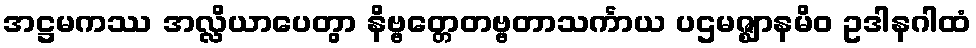
အဋ္ဌမကဿ အလ္လိယာပေတွာ နိဗ္ဗတ္တေတဗ္ဗတာသင်္ကာယ ပဌမဇ္ဈာနမိဝ ဥဒါနဂါထံ